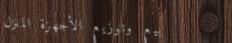
بيع وتوزيع الأجهزة المنزل